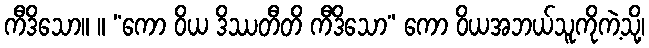
ကီဒိသော။ ။ “ကော ဝိယ ဒိဿတီတိ ကီဒိသော” ကော ဝိယအဘယ်သူကိုကဲ့သို့၊